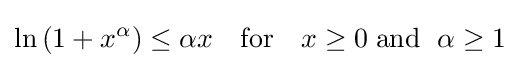
\ln {(1+x^{\alpha })}\leq \alpha x\quad {\text{for}}\quad x\geq 0\;{\text{and }}\;\alpha \geq 1